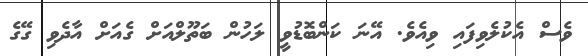
ވެސް އެކުލެވިފައި ވިއެވެ. އޭނަ ކަންބޮޑުވީ ލަހުން ބަތޫލްއަށް ގެއަށް އާދެވި ގޭގެ